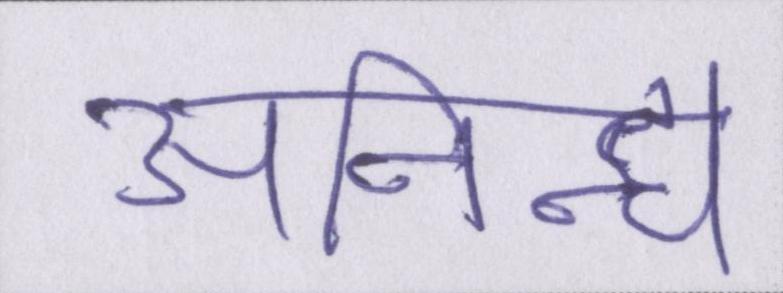
अनिन्द्य